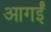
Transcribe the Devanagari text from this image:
आगईं